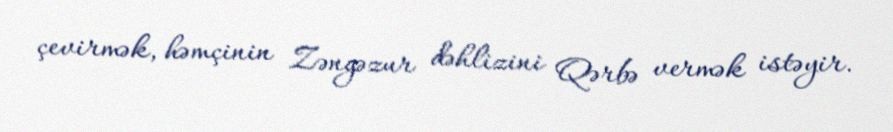
çevirmək, həmçinin Zəngəzur dəhlizini Qərbə vermək istəyir.